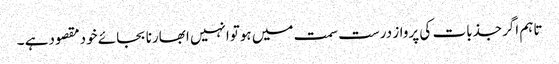
تاہم اگرجذبات کی پرواز درست سمت میں ہوتوانہیں ابھارنا بجائے خودمقصودہے ۔